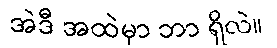
အဲဒီ အထဲမှာ ဘာ ရှိလဲ။